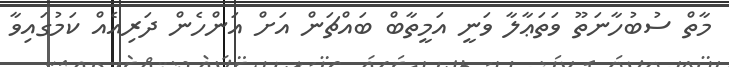
މާތް ސުބުހާނަތޫ ވަތަޢާލާ ވަނީ އަމީތާބް ބައްޗަން އަށް އަންހެން ދަރިއެއް ކަމުގައިވާ